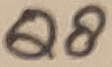
Text: Q8